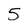
Character: 5